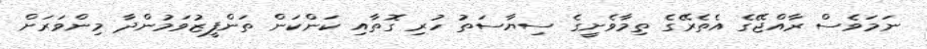
ނަމަވެސް ރާއްޖޭގެ އެތެރޭގެ ތިމާވެށީގެ ސިޔާސަތު ހުރި ގޮތާއި ކަންކަން ތަންފީޒުވަމުންދާ މިންވަރަށް